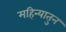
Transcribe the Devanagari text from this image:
महिन्यातुन